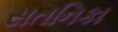
સતનિકા